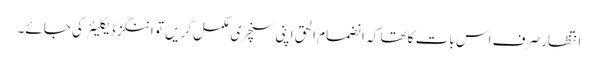
انتظار صرف اس بات کا تھا کہ انضمام الحق اپنی سنچری مکمل کریں تو اننگز ڈیکلیئر کی جائے۔